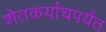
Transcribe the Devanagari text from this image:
शेतकर्याचपर्यंत